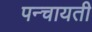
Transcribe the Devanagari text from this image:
पन्चायती